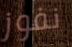
نفوز